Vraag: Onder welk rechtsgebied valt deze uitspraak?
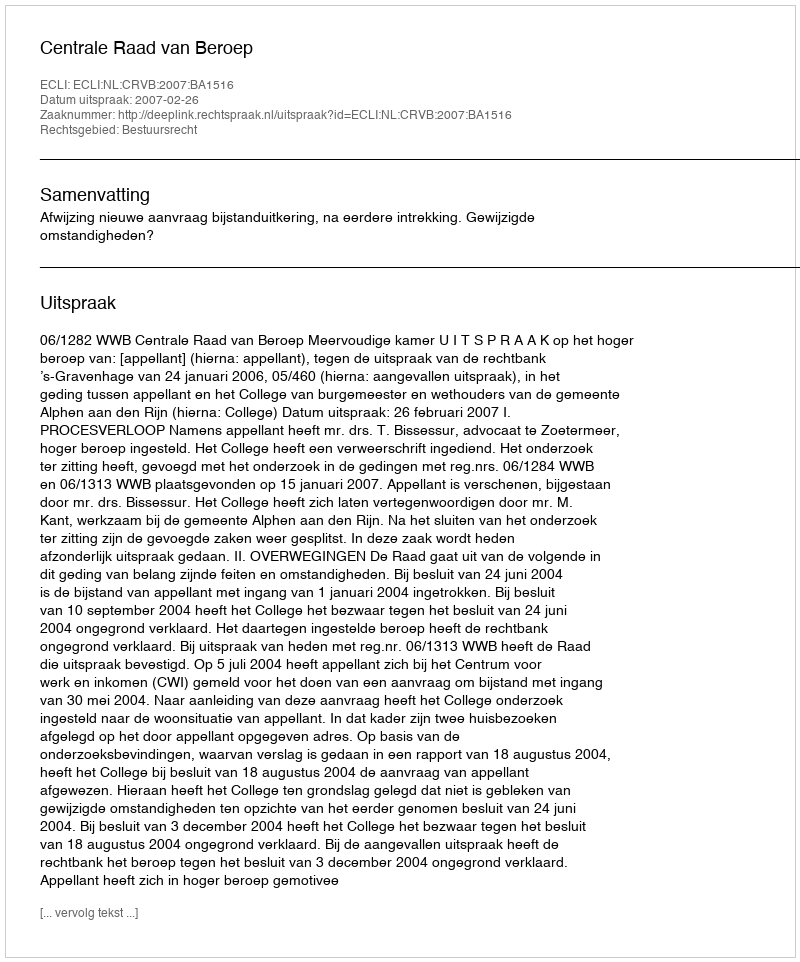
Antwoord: Bestuursrecht